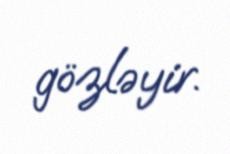
gözləyir.